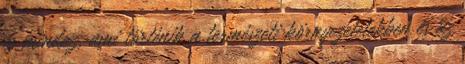
és mindaz, ami történik a természeti környezetetekben és az